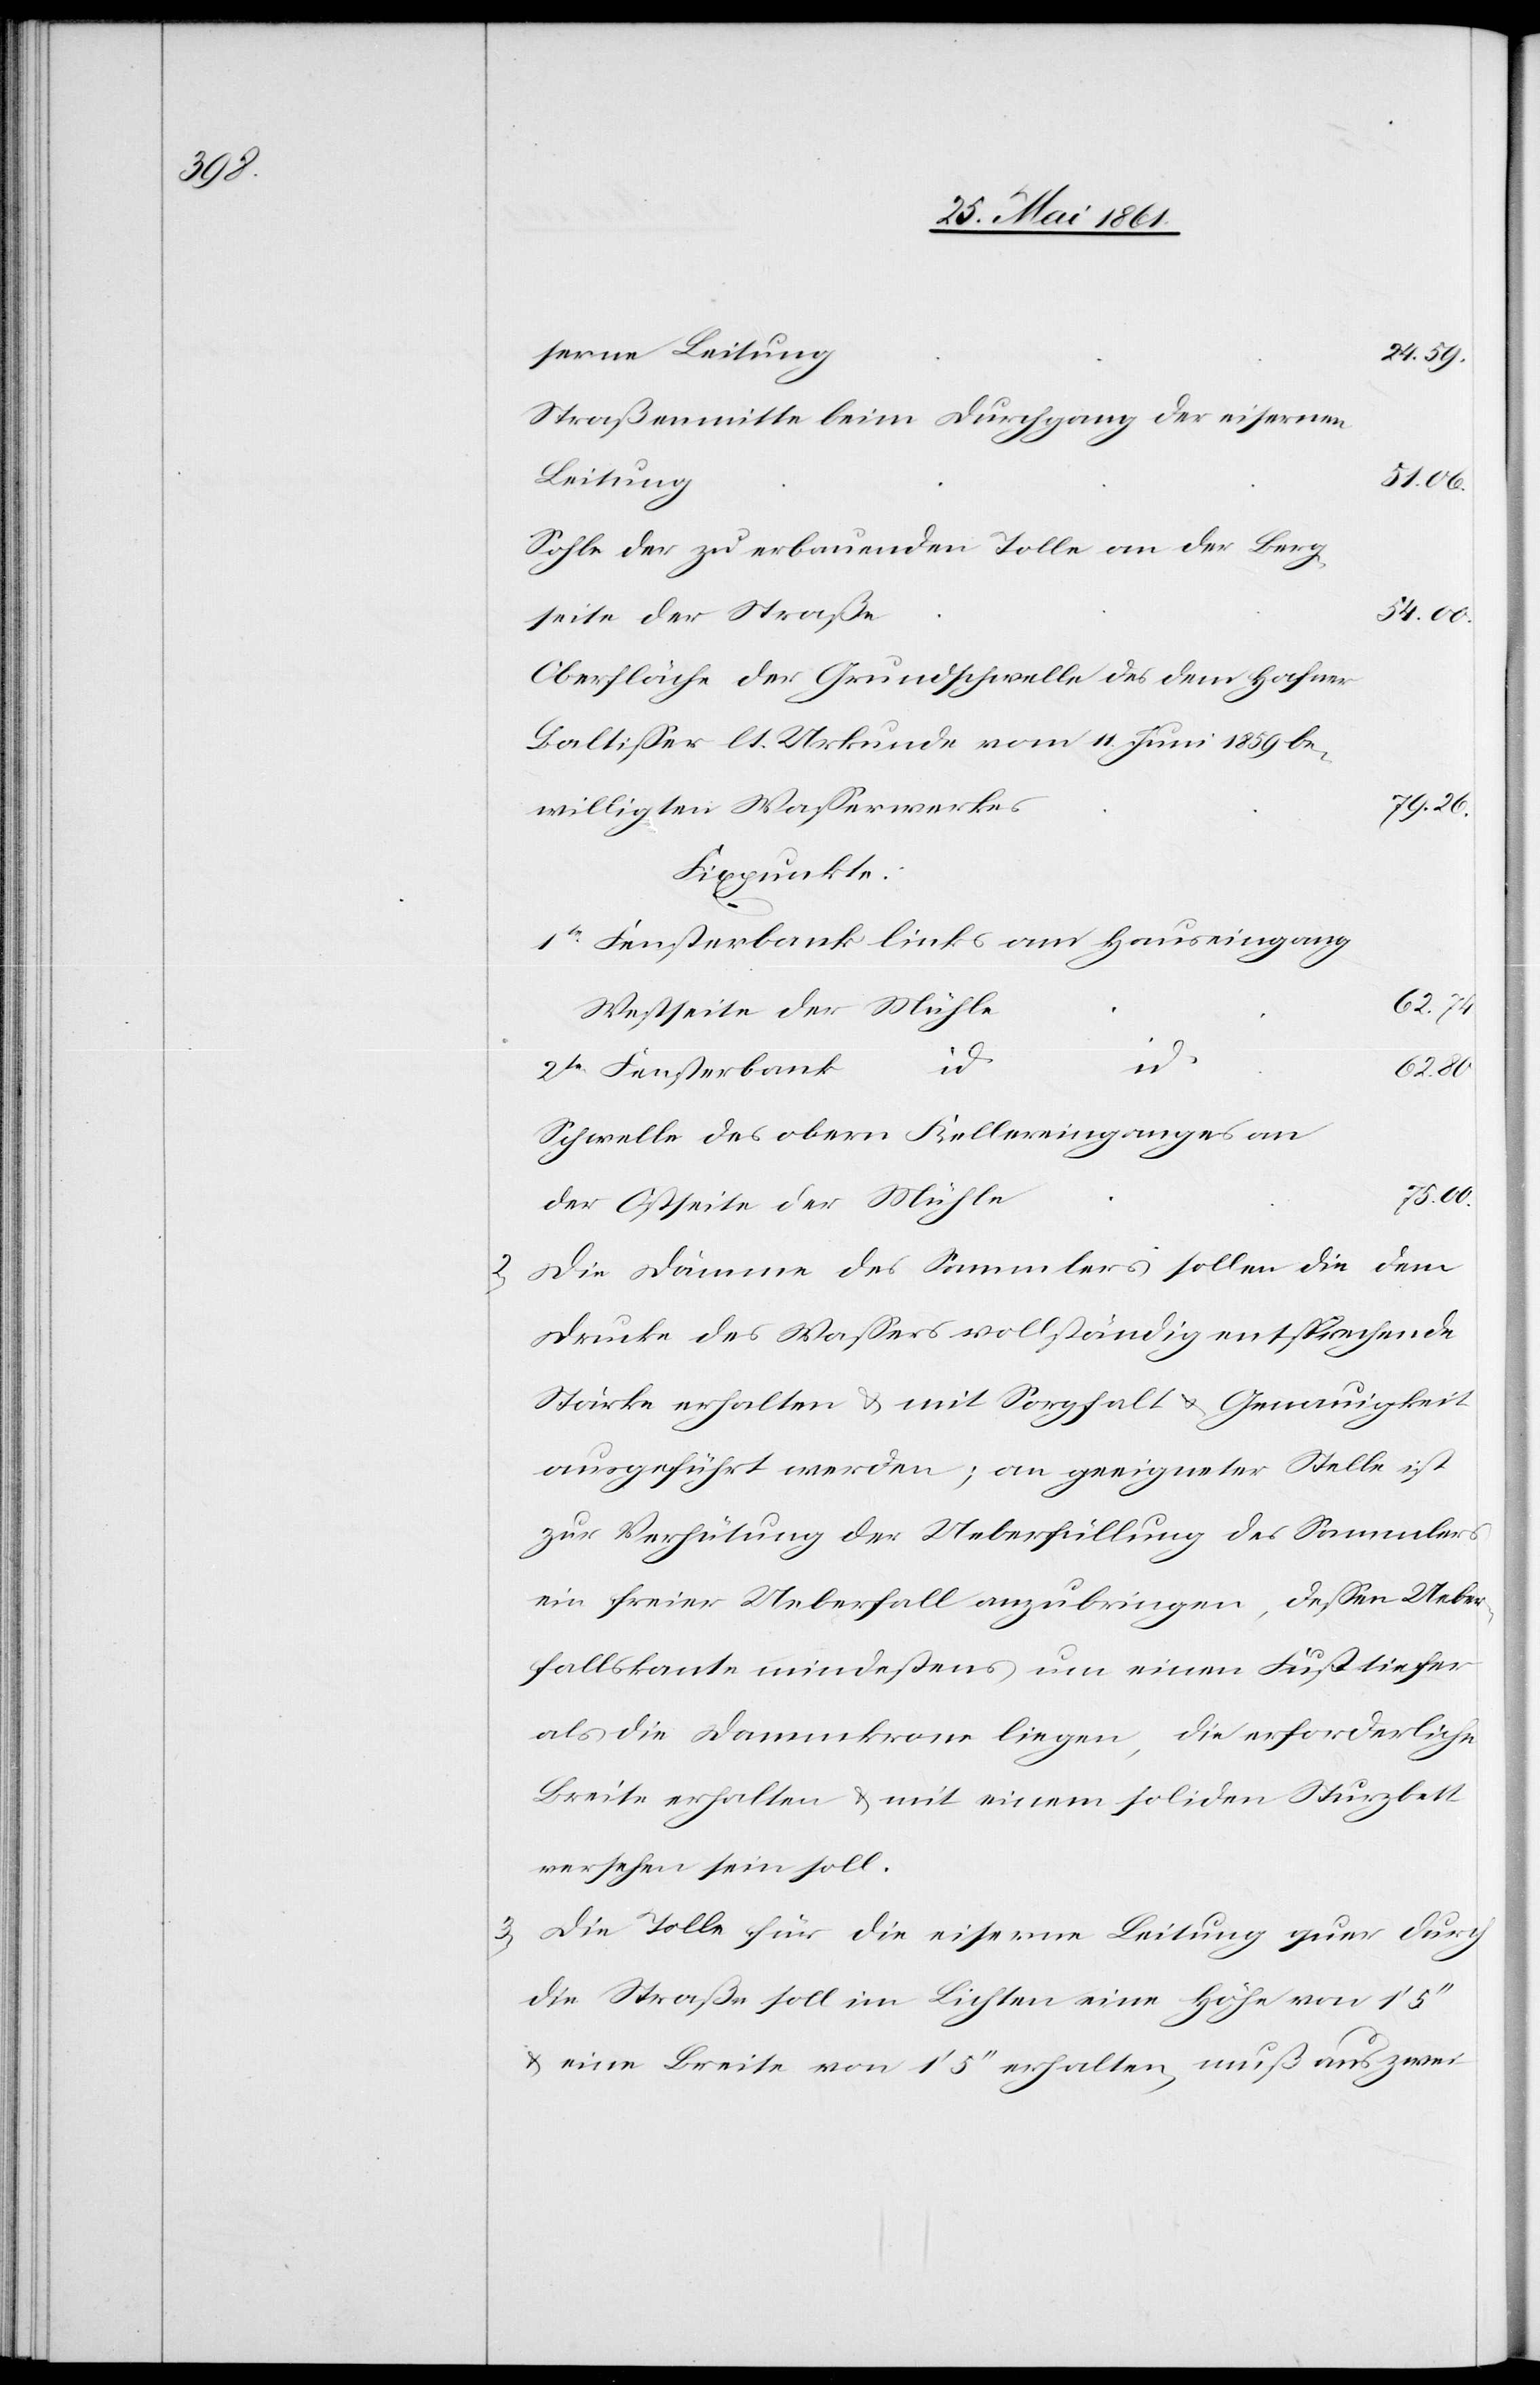
1859

serne Leitung
24.59
Straßenmitte beim Durchgang der eisernen
Leitung
51.06
Sohle der zu erbauenden Tolle an der Berg¬
11.
seite der Straße
Oberfläche der Grundschwelle des dem Hafner
79.26
willigten Wasserwerkes
Fixpunkte:
1te Fensterbank links am Hauseingang
62.74
Westseite der Mühle
2te Fensterbank
62.80
Schwelle des obern Kellereinganges an
75.00
der Ostseite der Mühle
2) Die Dämme des Sammlers sollen die dem
Drucke des Wassers vollständig entsprechende
Stärke erhalten u. mit Sorgfalt u. Genauigkeit
ausgeführt werden; an geeigneter Stelle ist
zur Verhütung der Ueberfüllung des Sammlers
ein freier Ueberfall anzubringen, dessen Ueber¬
fallskante mindestens um einen Fuß tiefer
als die Dammkrone liegen, die erforderliche
Breite erhalten u. mit einem soliden Sturzbett
versehen sein soll.
3) Die Tolle für die eiserne Leitung quer durch
die Straße soll im Lichten eine Höhe von 1’
u. eine Breite von 1’ 5’’ erhalten, muß aus zwei